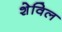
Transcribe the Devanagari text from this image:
शेविल